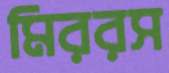
মিররস